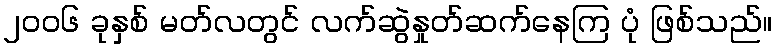
၂၀၀၆ ခုနှစ် မတ်လတွင် လက်ဆွဲနှုတ်ဆက်နေကြ ပုံ ဖြစ်သည်။